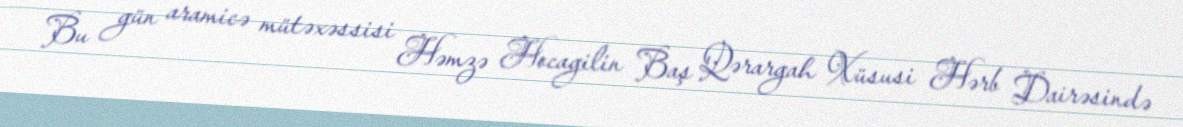
Bu gün aramicə mütəxəssisi Həmzə Hocagilin Baş Qərargah Xüsusi Hərb Dairəsində